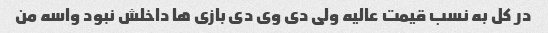
در کل به نسب قیمت عالیه ولی دی وی دی بازی ها داخلش نبود واسه من